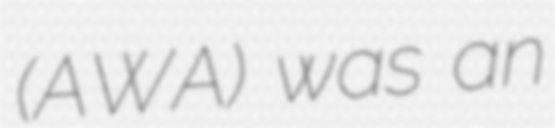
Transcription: (AWA) was an